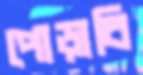
পোড়াবি